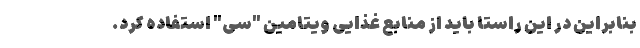
بنابراین در این راستا باید از منابع غذایی ویتامین "سی" استفاده کرد.